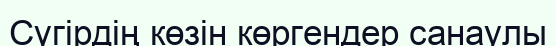
Сүгірдің көзін көргендер санаулы